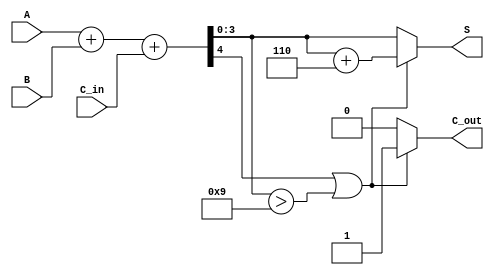
module BCD_Parallel_Adder (
    input  [3:0] A,      // First BCD digit
    input  [3:0] B,      // Second BCD digit
    input        C_in,    // Carry-in
    output reg [3:0] S,   // BCD sum
    output reg C_out      // Carry-out
);

    wire [4:0] Sum; // 5-bit sum to accommodate carry
    wire correction_needed;

    // Step 1: Perform binary addition
    assign Sum = A + B + C_in;

    // Step 2: Determine if correction is needed
    assign correction_needed = (Sum[4] || (Sum[3:0] > 4'b1001));

    // Step 3: Apply correction if needed
    always @(*) begin
        if (correction_needed) begin
            S = Sum[3:0] + 4'b0110; // Add 6 to correct
            C_out = 1;              // Set carry-out
        end else begin
            S = Sum[3:0];           // No correction needed
            C_out = 0;              // No carry-out
        end
    end

endmodule